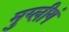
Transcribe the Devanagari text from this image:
मुग्लीगं